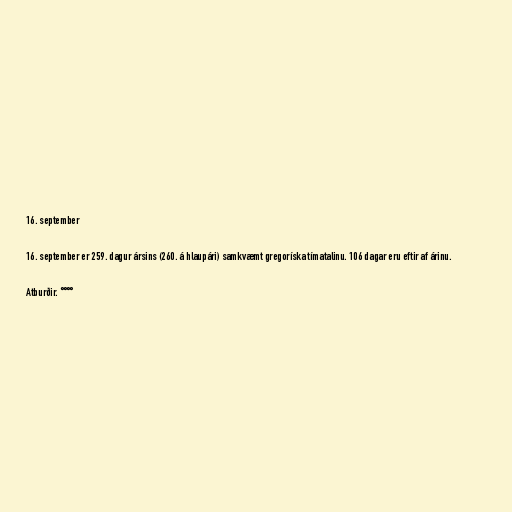
16. september

16. september er 259. dagur ársins (260. á hlaupári) samkvæmt gregoríska tímatalinu. 106 dagar eru eftir af árinu.

Atburðir. °°°°